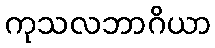
ကုသလဘာဂိယာ